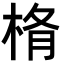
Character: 𣒥